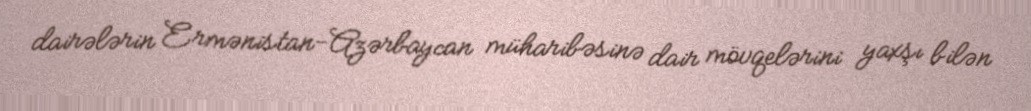
dairələrin Ermənistan-Azərbaycan müharibəsinə dair mövqelərini yaxşı bilən